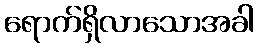
ရောက်ရှိလာသောအခါ